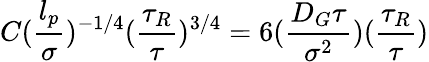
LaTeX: C(\frac{l_{p}}{\sigma})^{-1/4}(\frac{\tau_{R}}{\tau})^{3/4}=6(\frac{D_{G}\tau}{\sigma^{2}})(\frac{\tau_{R}}{\tau})